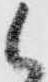
候